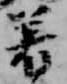
着